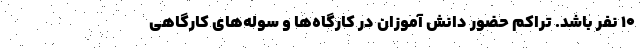
۱۰ نفر باشد. تراکم حضور دانش آموزان در کارگاه‌ها و سوله‌های کارگاهی